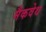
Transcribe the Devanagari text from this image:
मैकवेथ